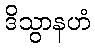
ဒိသွာနဟံ